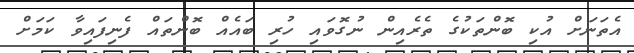
އެތަނަށް އުކި ބޮންތަކުގެ ތެރެއިން ނުގޮވައި ހުރި ބައެއް ބޮންތައް ފެނިފައިވާ ކަމަށް